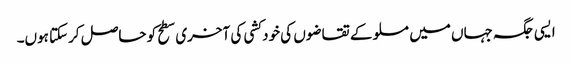
ایسی جگہ جہاں میں مسلو کے تقاضوں کی خود کشی کی آخری سطح کو حاصل کرسکتا ہوں۔